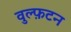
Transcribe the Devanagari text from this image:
वुल्फ़टन